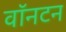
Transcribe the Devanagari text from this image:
वॉनटन